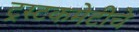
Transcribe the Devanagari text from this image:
ट्रस्टकमेटीचे